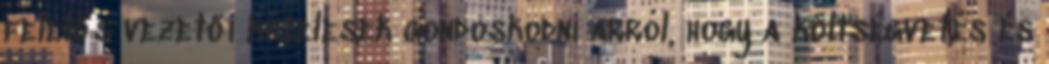
felelős vezetői kötelesek gondoskodni arról, hogy a költségvetés és